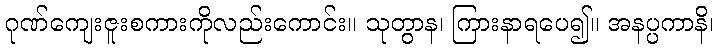
ဂုဏ်ကျေးဇူးစကားကိုလည်းကောင်း။ သုတွာန၊ ကြားနာရပေ၍။ အနပ္ပကာနိ၊